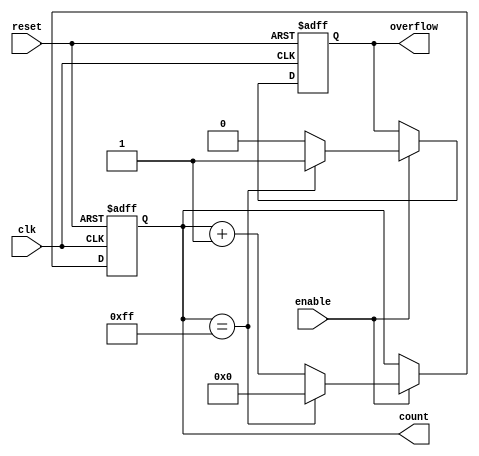
module pulse_counter #(
    parameter WIDTH = 8 // Configurable width of the counter (in bits)
)(
    input wire clk,                // Clock signal
    input wire enable,             // Count enable signal
    input wire reset,              // Asynchronous reset signal
    output reg [WIDTH-1:0] count,  // Current count value
    output reg overflow            // Overflow flag
);

    // Always block for the counter logic
    always @(posedge clk or posedge reset) begin
        if (reset) begin
            count <= 0;             // Reset the count to zero
            overflow <= 0;          // Clear overflow flag on reset
        end else if (enable) begin
            if (count == {WIDTH{1'b1}}) begin // Check for maximum value
                count <= 0;         // Wrap around to zero
                overflow <= 1;       // Set the overflow flag
            end else begin
                count <= count + 1; // Increment the count
                overflow <= 0;       // Clear overflow flag
            end
        end
    end

endmodule